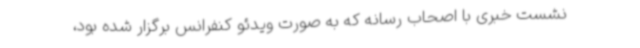
نشست خبری با اصحاب رسانه که به صورت ویدئو کنفرانس برگزار شده بود،